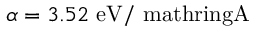
\alpha = 3 . 5 2 \ \mathrm { e V / \ m a t h r i n g { A } }